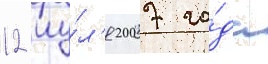
12 иу́л'я 2007 го́да